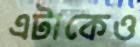
এটাকেও